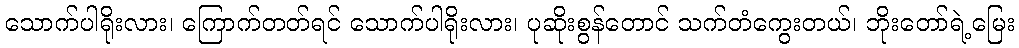
သောက်ပါရိုးလား၊ ကြောက်တတ်ရင် သောက်ပါရိုးလား၊ ပုဆိုးစွန်တောင် သက်တံကွေးတယ်၊ ဘိုးတော်ရဲ့မြေး